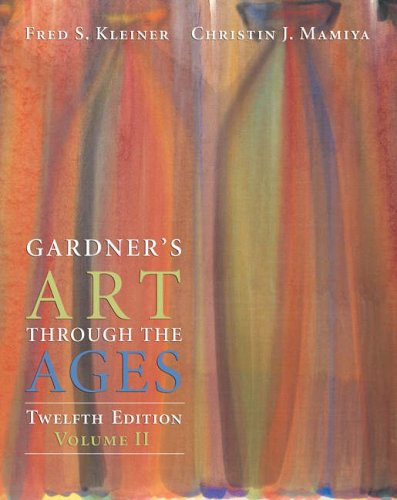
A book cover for Gardner's Art Through the Ages, Volume II (Chapters 19-34); Fred S. Kleiner; Crafts, Hobbies & Home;